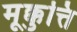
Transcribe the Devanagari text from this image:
मूक्कुत्ति